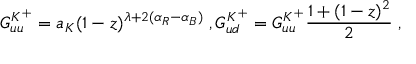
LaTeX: G _ { u u } ^ { K ^ { + } } = a _ { K } ( 1 - z ) ^ { \lambda + 2 ( \alpha _ { R } - \alpha _ { B } ) } \; , G _ { u d } ^ { K ^ { + } } = G _ { u u } ^ { K ^ { + } } \frac { 1 + ( 1 - z ) ^ { 2 } } 2 \; ,